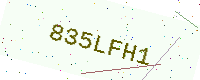
Text: 835LFH1